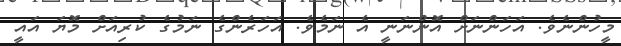
މީހުންނެވެ. އަހަންނަށް އޮންނަނީ އެ ނަމެވެ. އަހަރެންގެ ނަމުގެ ކުރިއަށް މޮޔަ އައީ